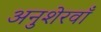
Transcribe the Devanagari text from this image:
अनुशेरवाँ